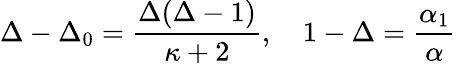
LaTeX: \Delta-\Delta_{0}=\frac{\Delta(\Delta-1)}{\kappa+2},~~~~1-\Delta={\frac{\alpha_{1}}{\alpha}}